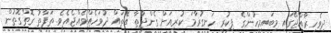
ދިވެހިރާއްޖޭގައި މިބައިމީހުންގެ ފިކުރީ ހަނގުރާމަ ކުރިއަށް ގެންދާތާ އެތައް ދުވަހެއްވެއްޖެއެވެ. ތަފާތު ގޮތްގޮތުން